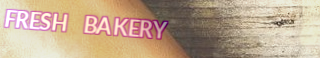
FRESH BAKERY